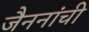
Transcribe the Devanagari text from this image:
जैननांची